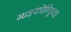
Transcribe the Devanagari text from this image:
माइकोण्ड्रिया